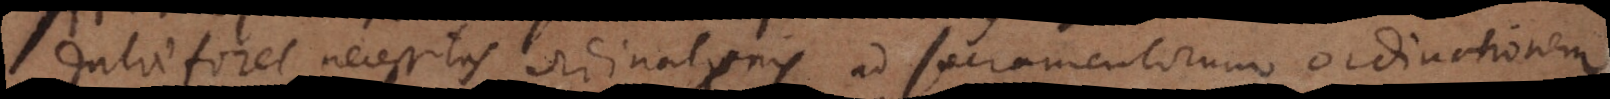
datae foret necessitas ordinatoris ad sacramentorum ordinationem